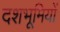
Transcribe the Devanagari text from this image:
दशभूमियों